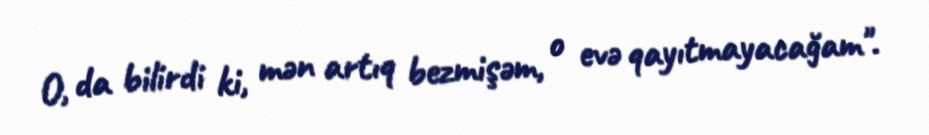
O, da bilirdi ki, mən artıq bezmişəm, o evə qayıtmayacağam".